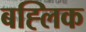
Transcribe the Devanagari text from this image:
बह्लिक